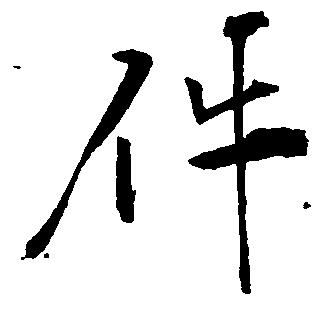
件